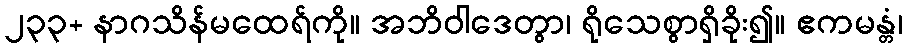
၂၃၃+ နာဂသိန်မထေရ်ကို။ အဘိဝါဒေတွာ၊ ရိုသေစွာရှိခိုး၍။ ဧကမန္တံ၊